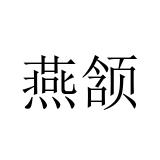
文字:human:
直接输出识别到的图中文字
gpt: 燕颔